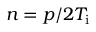
n = p / 2 T _ { \mathrm { i } }